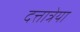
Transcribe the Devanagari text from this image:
दत्तात्रेया